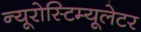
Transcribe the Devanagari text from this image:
न्यूरोस्टिम्यूलेटर